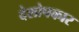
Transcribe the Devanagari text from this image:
देशोपकार